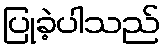
ပြုခဲ့ပါသည်